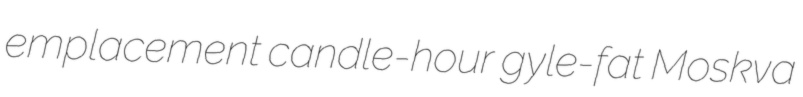
emplacement candle-hour gyle-fat Moskva